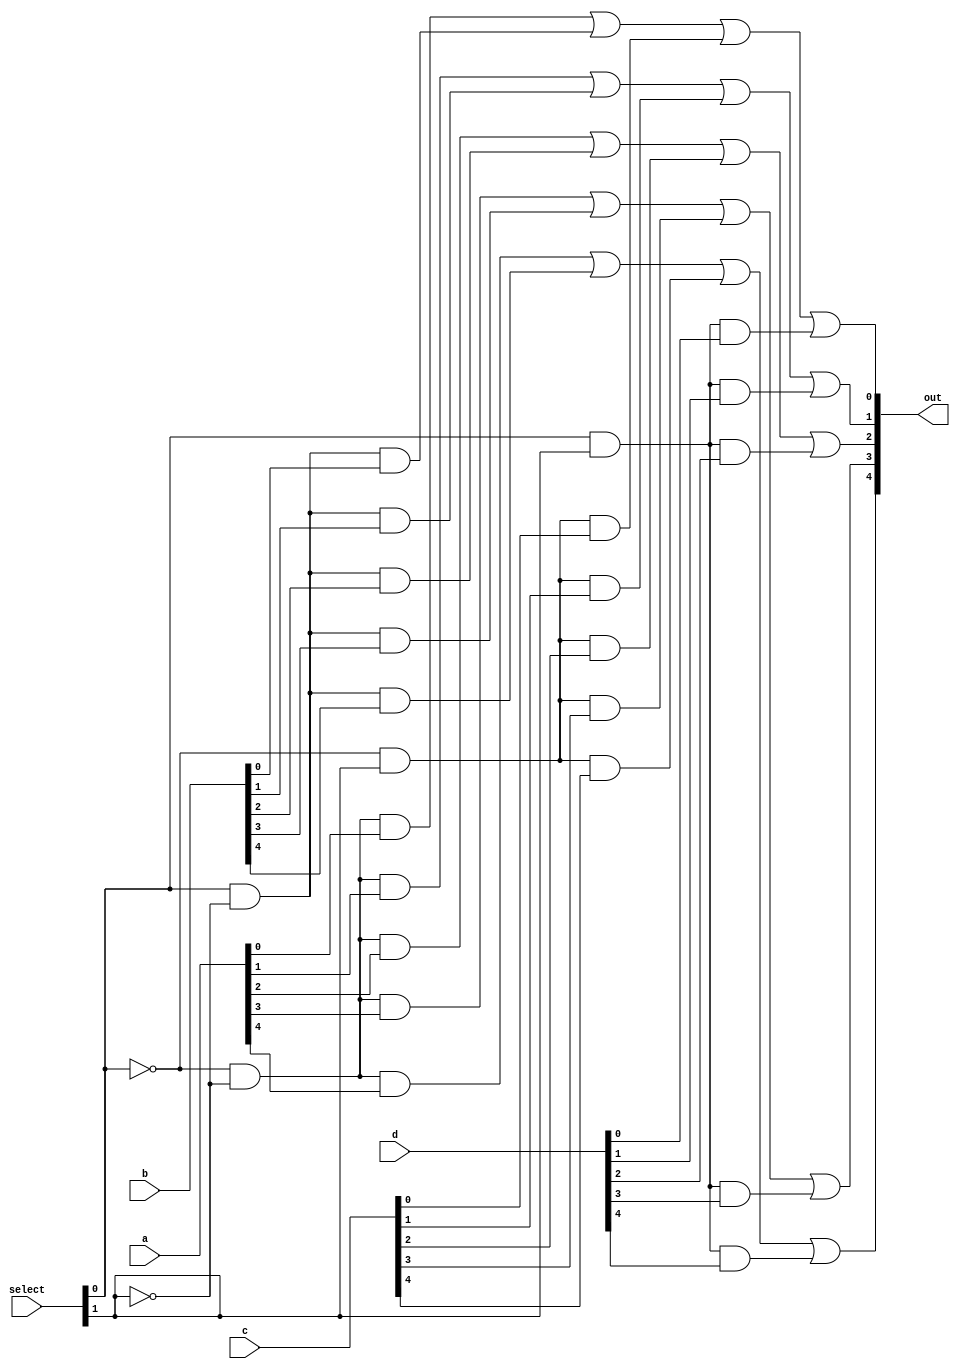
module mux_5bit( out, a, b, c, d, select );

input [4:0] a,b,c,d;
input [1:0] select;
output [4:0] out;

reg [4:0] out;

always @( select or a or b or c or d)
begin
    out[0] =       ( ~select[0] & ~select[1] & a[0] )
            | (  select[0] & ~select[1] & b[0] )
            | ( ~select[0] &  select[1] & c[0] )
            | (  select[0] &  select[1] & d[0] );
	
	out[1] =       ( ~select[0] & ~select[1] & a[1] )
            | (  select[0] & ~select[1] & b[1] )
            | ( ~select[0] &  select[1] & c[1] )
            | (  select[0] &  select[1] & d[1] );				// select'in ne olduguna gre q belirlendi
				
	out[2] =       ( ~select[0] & ~select[1] & a[2] )
            | (  select[0] & ~select[1] & b[2] )
            | ( ~select[0] &  select[1] & c[2] )
            | (  select[0] &  select[1] & d[2] );
				
	out[3] =       ( ~select[0] & ~select[1] & a[3] )
            | (  select[0] & ~select[1] & b[3] )
            | ( ~select[0] &  select[1] & c[3] )
            | (  select[0] &  select[1] & d[3] );
	
	out[4] =       ( ~select[0] & ~select[1] & a[4] )
            | (  select[0] & ~select[1] & b[4] )
            | ( ~select[0] &  select[1] & c[4] )
            | (  select[0] &  select[1] & d[4] );
end

endmodule